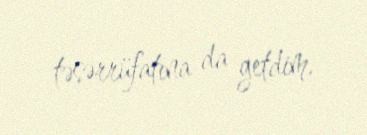
təsərrüfatına da getdim.